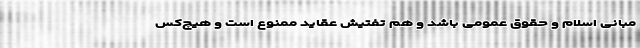
مبانی اسلام و حقوق عمومی باشد و هم تفتیش عقاید ممنوع است و هیچ‌کس